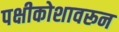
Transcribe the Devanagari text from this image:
पक्षीकोशावरून